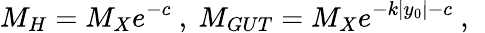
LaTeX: M_{H}=M_{X}e^{-c}~,~M_{GUT}=M_{X}e^{-k|y_{0}|-c}~,~\,